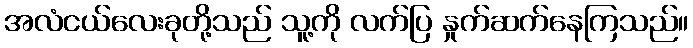
အလံငယ်လေးခုတို့သည် သူ့ကို လက်ပြ နှုက်ဆက်နေကြသည်။